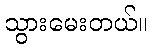
သွားမေးတယ်။